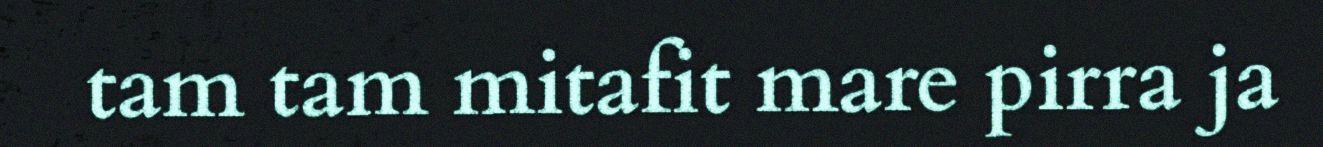
tam tam mitafit mare pirra ja